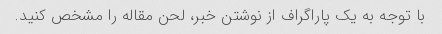
با توجه به یک پاراگراف از نوشتن خبر، لحن مقاله را مشخص کنید.